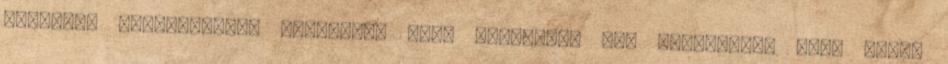
régészek érintetlenül találták, azaz sírrablók nem bolygatták meg, mégis